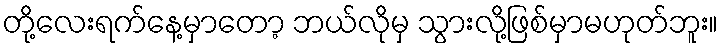
တို့လေးရက်နေ့မှာတော့ ဘယ်လိုမှ သွားလို့ဖြစ်မှာမဟုတ်ဘူး။